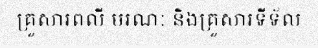
គ្រួសារពលី មរណៈ និងគ្រួសារទីទ័ល